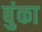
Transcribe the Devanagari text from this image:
बुंका